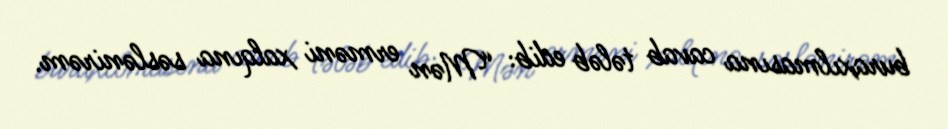
buraxılmasına cavab tələb edib: “Mən erməni xalqına səslənirəm.